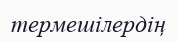
термешілердің